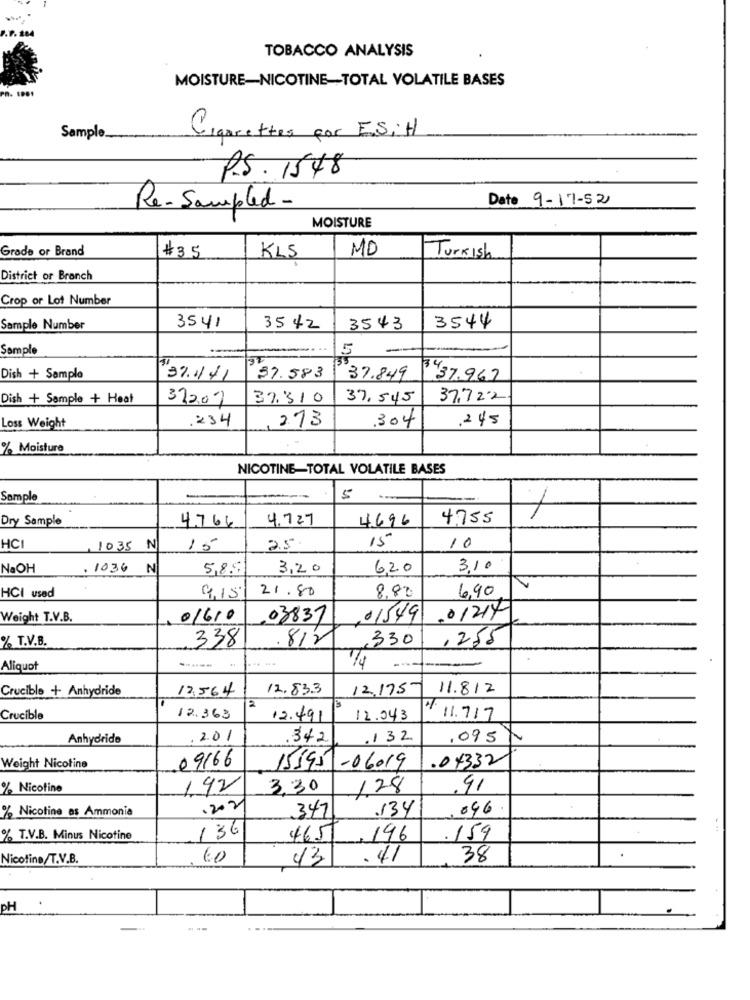
TOBACCO ANALYSIS
MOISTURE-NICOTINE-TOTAL VOLATILE BASES
Sample
Cigarettes por E.SiH
P.S. 1548
Date 9-17-52
Re-Sampled -
MOISTURE
Grade or Brand
# 3.5
MD
KLS
Turkish
District or Branch
Crop or Lot Number
Sample Number
3541
3542
3543
3544
Sample
5
Dish + Sample
37.1171
87.583
37.849
3437.967
Dish + Sample + Heat
322.07
37.310
37,545
37,722
.234
273
.245
Loss Weight
.304
% Moisture
NICOTINE-TOTAL VOLATILE BASES
Sample
5
1
Dry Sample
4.727
4696
4,755
4.766
15
HCI
1035 N
15
25.
10
NaOH
.1036 N
5,85
3.20
6,20
310
HCI used
21.80
8,80
6,90
9.15
Weight T.V.B.
01610
03837
01549
01217
% T.V.B.
338
812
,330
,255
Aliquot
74
Crucible + Anhydride
12.564
12.83.3
12.175
11.812
2
Crucible
12.363
12.491
12.043
4 11.717
Anhydride
201
.342
132
,095
09166
.04332
Weight Nicotine
155911-06019
% Nicotine
192
3.30
128
.91
% Nicotine as Ammonia
.202
347
134
046
136
% T.V.B. Minus Nicotine
465
196
.159
Nicotine/T.V.B.
60
43
.41
38
PH